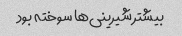
بیشتر شیرینی‌ها سوخته بود